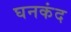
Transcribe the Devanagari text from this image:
घनकंद